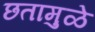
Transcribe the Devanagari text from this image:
छतामुळे